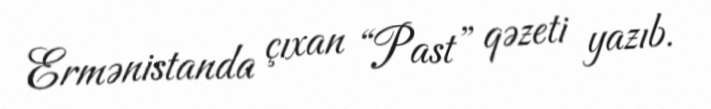
Ermənistanda çıxan “Past” qəzeti yazıb.